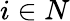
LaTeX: i\in N